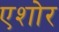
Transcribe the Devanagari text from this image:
एशोर